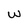
Character: W